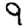
Digit: 9